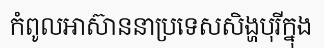
កំពូលអាស៊ាននាប្រទេសសិង្ហបុរីក្នុង